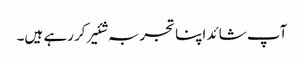
آپ شائد اپنا تجربہ شئیر کررہے ہیں۔